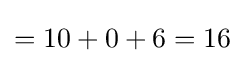
=10+0+6=16